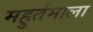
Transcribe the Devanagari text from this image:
महुर्तमाला